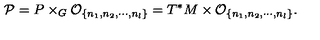
{ \cal P } = P \times _ { G } { \cal O } _ { \{ n _ { 1 } , n _ { 2 } , \cdots , n _ { l } \} } = T ^ { * } M \times { \cal O } _ { \{ n _ { 1 } , n _ { 2 } , \cdots , n _ { l } \} } .